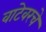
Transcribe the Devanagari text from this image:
वाटेवरचे